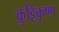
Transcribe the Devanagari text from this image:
कुट्टिकृष्ण